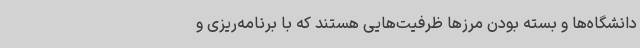
دانشگاه‌ها و بسته بودن مرزها ظرفیت‌هایی هستند که با برنامه‌ریزی و